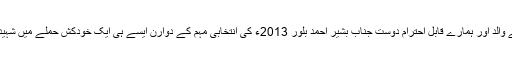
ہارون بلور کے والد اور ہمارے قابل احترام دوست جناب بشیر احمد بلور 2013ء کی انتخابی مہم کے دوارن ایسے ہی ایک خودکش حملے میں شہید ہو گئے تھے۔